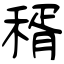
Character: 稰